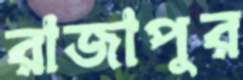
রাজাপুর